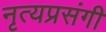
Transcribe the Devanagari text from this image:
नृत्यप्रसंगी